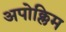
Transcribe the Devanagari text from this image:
अपोक्लिम